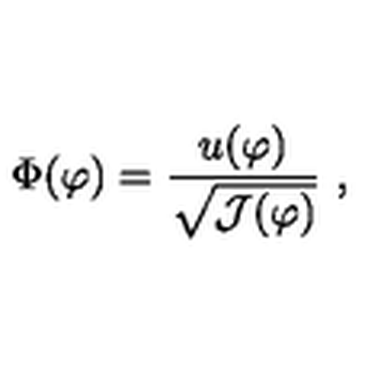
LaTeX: \Phi ( \varphi ) = \frac { u ( \varphi ) } { \sqrt { { \cal J } ( \varphi ) } } \ ,